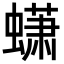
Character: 蟏